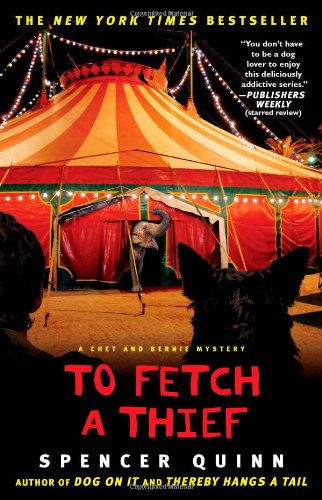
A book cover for To Fetch a Thief: A Chet and Bernie Mystery (The Chet and Bernie Mystery Series); Spencer Quinn; Mystery, Thriller & Suspense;